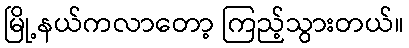
မြို့နယ်ကလာတော့ ကြည့်သွားတယ်။